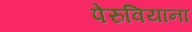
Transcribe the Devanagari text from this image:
पेरुवियाना